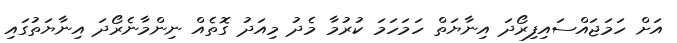
އަށް ހަމަޖައްސައިފިރޯދަ އިނާޔަތް ހަމަހަމަ ކުރުމާ މެދު މިއަދު ގޮތެއް ނިންމާނެރޯދަ އިނާޔަތުގައި